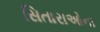
સિતારાઓના